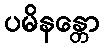
ပမိနန္တော